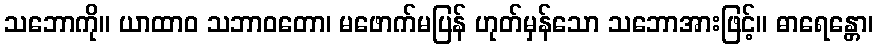
သဘောကို။ ယာထာဝ သဘာဝတော၊ မဖောက်မပြန် ဟုတ်မှန်သော သဘောအားဖြင့်။ ဓာရေန္တော၊